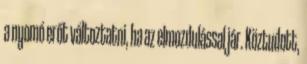
a nyomó erőt változtatni, ha az elmozdulással jár. Köztudott,